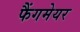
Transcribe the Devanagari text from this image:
फैंगमेयर